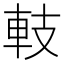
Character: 䡋